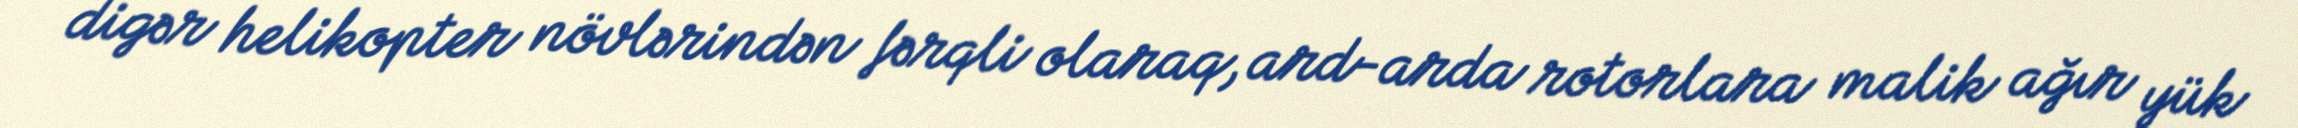
digər helikopter növlərindən fərqli olaraq, ard-arda rotorlara malik ağır yük